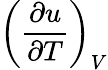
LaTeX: \left({\frac{\partial u}{\partial T}}\right)_{V}